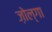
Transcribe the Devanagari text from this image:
ज़ोल्गा